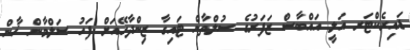
ޑައިރެކްޓަރ އަލީ އައްބާސް ޒަފަރުގެ ސުލްތާން ޓައިގާ ޒިންދާހޭއަށް ފަހު ސަލްމާން ޚާން